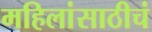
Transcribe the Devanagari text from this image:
महिलांसाठीचं